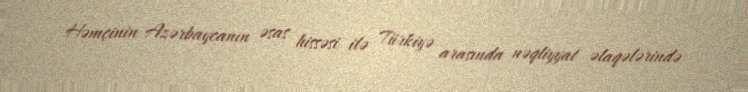
Həmçinin Azərbaycanın əsas hissəsi ilə Türkiyə arasında nəqliyyat əlaqələrində